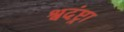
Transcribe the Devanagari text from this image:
श्वदंष्ट्रा